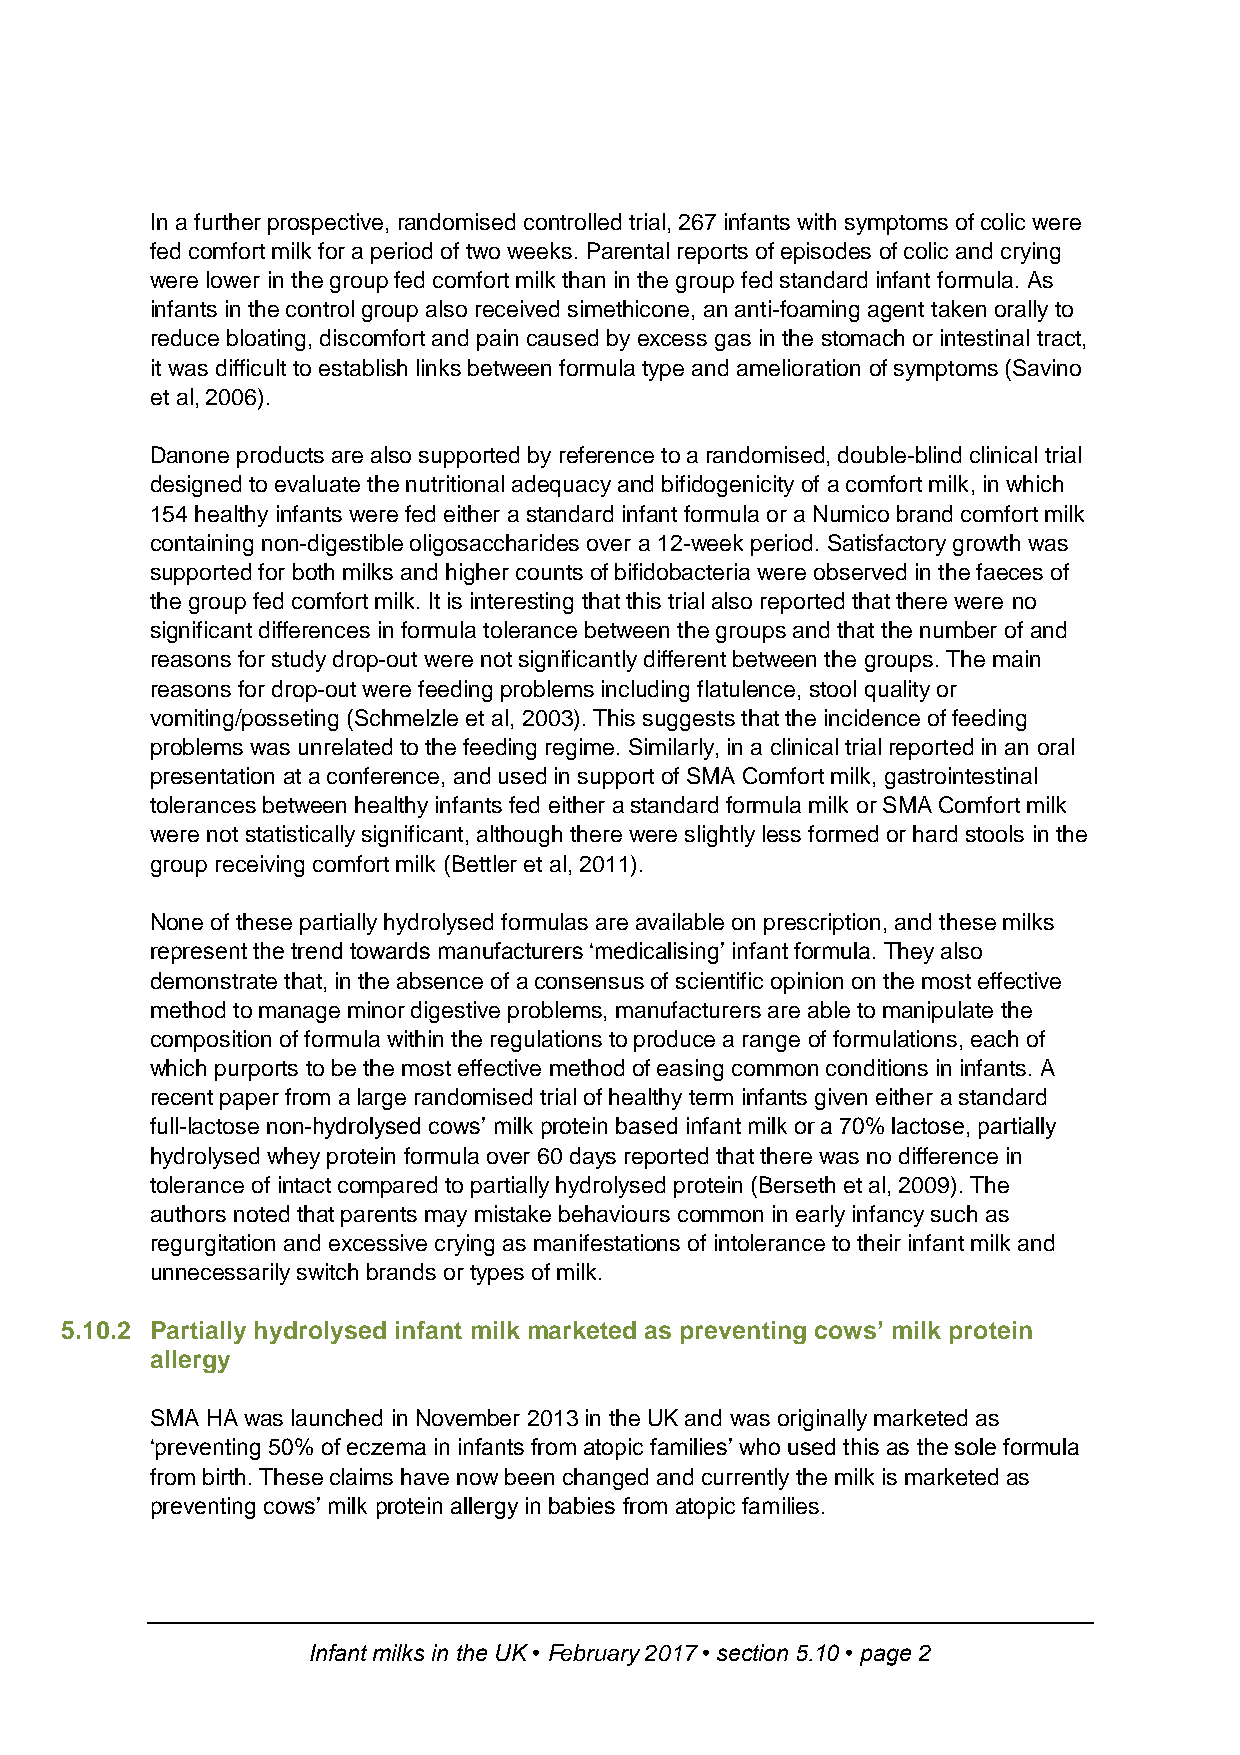
In a further prospective, randomised controlled trial, 267 infants with symptoms of colic were
 fed comfort milk for a period of two weeks. Parental reports of episodes of colic and crying
 were lower in the group fed comfort milk than in the group fed standard infant formula. As
 infants in the control group also received simethicone, an anti-foaming agent taken orally to
 reduce bloating, discomfort and pain caused by excess gas in the stomach or intestinal tract,
 it was difficult to establish links between formula type and amelioration of symptoms (Savino
 et al, 2006).
 Danone products are also supported by reference to a randomised, double-blind clinical trial
 designed to evaluate the nutritional adequacy and bifidogenicity of a comfort milk, in which
 154 healthy infants were fed either a standard infant formula or a Numico brand comfort milk
 containing non-digestible oligosaccharides over a 12-week period. Satisfactory growth was
 supported for both milks and higher counts of bifidobacteria were observed in the faeces of
 the group fed comfort milk. It is interesting that this trial also reported that there were no
 significant differences in formula tolerance between the groups and that the number of and
 reasons for study drop-out were not significantly different between the groups. The main
 reasons for drop-out were feeding problems including flatulence, stool quality or
 vomiting/posseting (Schmelzle et al, 2003). This suggests that the incidence of feeding
 problems was unrelated to the feeding regime. Similarly, in a clinical trial reported in an oral
 presentation at a conference, and used in support of SMA Comfort milk, gastrointestinal
 tolerances between healthy infants fed either a standard formula milk or SMA Comfort milk
 were not statistically significant, although there were slightly less formed or hard stools in the
 group receiving comfort milk (Bettler et al, 2011).
 None of these partially hydrolysed formulas are available on prescription, and these milks
 represent the trend towards manufacturers ‘medicalising’ infant formula. They also
 demonstrate that, in the absence of a consensus of scientific opinion on the most effective
 method to manage minor digestive problems, manufacturers are able to manipulate the
 composition of formula within the regulations to produce a range of formulations, each of
 which purports to be the most effective method of easing common conditions in infants. A
 recent paper from a large randomised trial of healthy term infants given either a standard
 full-lactose non-hydrolysed cows’ milk protein based infant milk or a 70% lactose, partially
 hydrolysed whey protein formula over 60 days reported that there was no difference in
 tolerance of intact compared to partially hydrolysed protein (Berseth et al, 2009). The
 authors noted that parents may mistake behaviours common in early infancy such as
 regurgitation and excessive crying as manifestations of intolerance to their infant milk and
 unnecessarily switch brands or types of milk.
 5.10.2 Partially hydrolysed infant milk marketed as preventing cows’ milk protein
 allergy
 SMA HA was launched in November 2013 in the UK and was originally marketed as
 ‘preventing 50% of eczema in infants from atopic families’ who used this as the sole formula
 from birth. These claims have now been changed and currently the milk is marketed as
 preventing cows’ milk protein allergy in babies from atopic families.
 Infant milks in the UK • February 2017 • section 5.10 • page 2